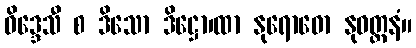
ဝိဒ္ဒေသီ စ ဒိသော ဒိဋ္ဌော၊ထာ နုရောဓော နုဝတ္တနံ။